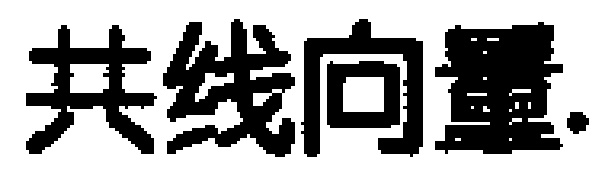
共线向量.